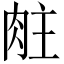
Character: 𬚶